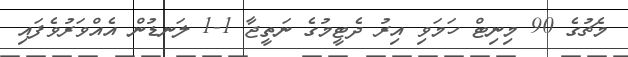
މެޗުގެ 90 މިނިޓް ހަމަވި އިރު ދެޓީމުގެ ނަތީޖާ 1-1 ލަނޑުން އެއްވަރުވެފައި